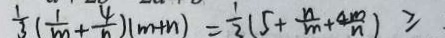
\frac { 1 } { 3 } ( \frac { 1 } { m } + \frac { 4 } { n } ) ( m + n ) = \frac { 1 } { 2 } ( 5 + \frac { n } { m } + \frac { 4 m } { n } ) \geqslant .